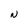
Character: N